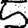
Digit: 5